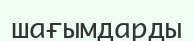
шағымдарды